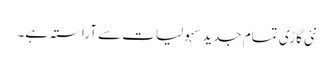
نئی گاڑی تمام جدید سہولیات سے آراستہ ہے۔